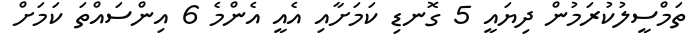
ތަމްސީލުކުރަމުން ދިޔައީ 5 ގޮނޑި ކަމަށާއި އެއީ އެންމެ 6 އިންސައްތަ ކަމަށް